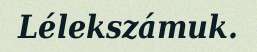
Lélekszámuk.